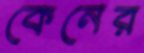
কেনের